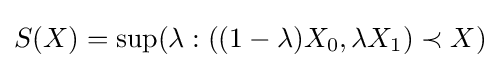
S(X)=\sup(\lambda :((1-\lambda )X_{0},\lambda X_{1})\prec X)